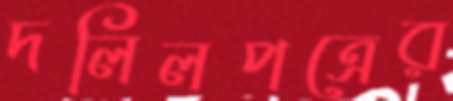
দলিলপত্রের